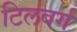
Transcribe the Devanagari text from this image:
टिलवर्ग